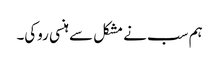
ہم سب نے مشکل سے ہنسی روکی۔